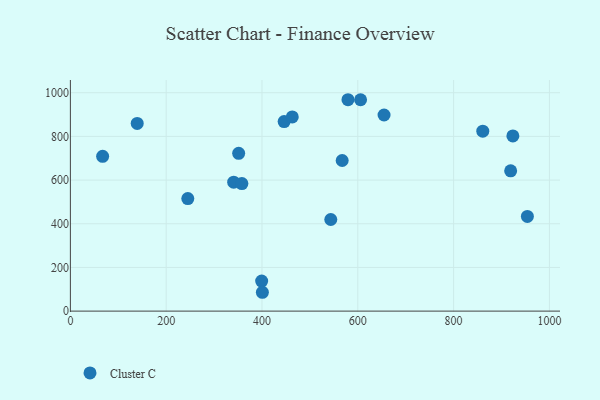
{"axis": {"x": "Distance", "y": "Fuel Efficiency"}, "legend": ["Cluster C"], "data": [{"x": "340.9", "y": 590.3, "type": "Cluster C"}, {"x": "919.1", "y": 642.3, "type": "Cluster C"}, {"x": "399.3", "y": 137.8, "type": "Cluster C"}, {"x": "400.8", "y": 86.3, "type": "Cluster C"}, {"x": "446.2", "y": 867.9, "type": "Cluster C"}, {"x": "139.5", "y": 859.3, "type": "Cluster C"}, {"x": "579.5", "y": 967.9, "type": "Cluster C"}, {"x": "245.1", "y": 515.2, "type": "Cluster C"}, {"x": "351.3", "y": 722.3, "type": "Cluster C"}, {"x": "954.0", "y": 433.6, "type": "Cluster C"}, {"x": "567.4", "y": 689.7, "type": "Cluster C"}, {"x": "358.0", "y": 584.0, "type": "Cluster C"}, {"x": "605.8", "y": 967.8, "type": "Cluster C"}, {"x": "923.7", "y": 802.3, "type": "Cluster C"}, {"x": "543.6", "y": 419.6, "type": "Cluster C"}, {"x": "654.8", "y": 898.0, "type": "Cluster C"}, {"x": "463.2", "y": 889.2, "type": "Cluster C"}, {"x": "67.3", "y": 708.9, "type": "Cluster C"}, {"x": "860.9", "y": 824.0, "type": "Cluster C"}]}